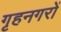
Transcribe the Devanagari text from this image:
गृहनगरों